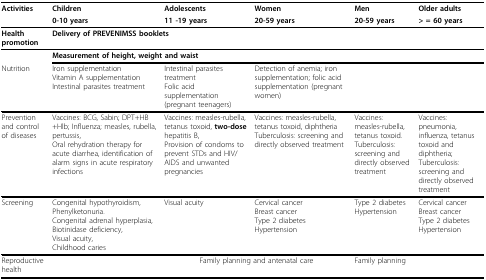
<table><thead><tr><td><b>Activities</b></td><td><b>Children</b></td><td><b>Adolescents</b></td><td><b>Women</b></td><td><b>Men</b></td><td><b>Older adults</b></td></tr><tr><td></td><td><b>0-10 years</b></td><td><b>11 -19 years</b></td><td><b>20-59 years</b></td><td><b>20-59 years</b></td><td><b>&gt; = 60 years</b></td></tr></thead><tbody><tr><td><b>Health promotion</b></td><td colspan="5"><b>Delivery of PREVENIMSS booklets</b></td></tr><tr><td></td><td colspan="5"><b>Measurement of height, weight and waist</b></td></tr><tr><td>Nutrition</td><td>Iron supplementationVitamin A supplementationIntestinal parasites treatment</td><td>Intestinal parasites treatmentFolic acid supplementation (pregnant teenagers)</td><td>Detection of anemia; iron supplementation; folic acid supplementation (pregnant women)</td><td></td><td></td></tr><tr><td>Prevention and control of diseases</td><td>Vaccines: BCG, Sabin; DPT+HB+Hlb; Influenza; measles, rubella, pertussis,Oral rehydration therapy for acute diarrhea, identification of alarm signs in acute respiratory infections</td><td>Vaccines: measles-rubella, tetanus toxoid, <b>two-dose </b>hepatitis B,Provision of condoms to prevent STDs and HIV/AIDS and unwanted pregnancies</td><td>Vaccines: measles-rubella, tetanus toxoid, diphtheriaTuberculosis: screening and directly observed treatment</td><td>Vaccines: measles-rubella, tetanus toxoid.Tuberculosis: screening and directly observed treatment</td><td>Vaccines: pneumonia, influenza, tetanus toxoid and diphtheria;Tuberculosis: screening and directly observed treatment</td></tr><tr><td>Screening</td><td>Congenital hypothyroidism,Phenylketonuria.Congenital adrenal hyperplasia,Biotinidase deficiency,Visual acuity,Childhood caries</td><td>Visual acuity</td><td>Cervical cancerBreast cancerType 2 diabetesHypertension</td><td>Type 2 diabetesHypertension</td><td>Cervical cancerBreast cancerType 2 diabetesHypertension</td></tr><tr><td>Reproductive health</td><td></td><td colspan="2">Family planning and antenatal care</td><td>Family planning</td><td></td></tr></tbody></table>